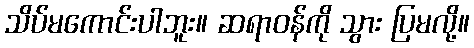
သိပ်မကောင်းပါဘူး။ ဆရာဝန်ကို သွား ပြမလို့။